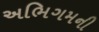
અભિગમની